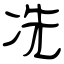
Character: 冼